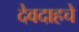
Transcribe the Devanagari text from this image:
देवदाहचे